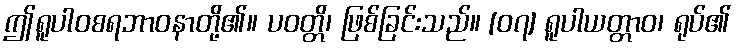
ဤရူပါဝစရဘာဝနာတို့၏။ ပဝတ္တိ၊ ဖြစ်ခြင်းသည်။ [၀၇] ရူပါယတ္တာဝ၊ ရုပ်၏